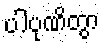
ပါပုဏိတွာ